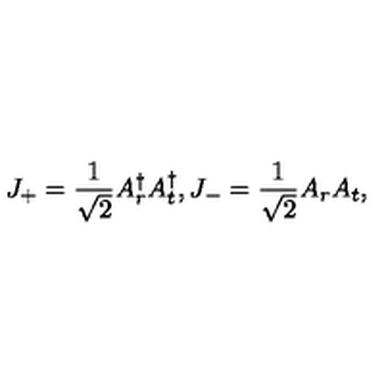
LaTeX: J _ { + } = \frac { 1 } { \sqrt 2 } A _ { r } ^ { \dag } A _ { t } ^ { \dag } , J _ { - } = \frac { 1 } { \sqrt 2 } A _ { r } A _ { t } ,